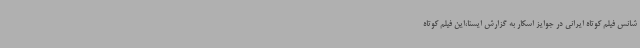
شانس فیلم کوتاه ایرانی در جوایز اسکار به گزارش ایسنا،این فیلم کوتاه